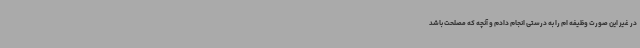
در غیر این صورت وظیفه ام را به درستی انجام دادم و آنچه که مصلحت باشد